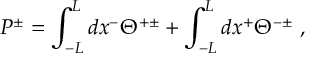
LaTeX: P ^ { \pm } = \int _ { - L } ^ { L } d x ^ { - } \Theta ^ { + \pm } + \int _ { - L } ^ { L } d x ^ { + } \Theta ^ { - \pm } \; ,